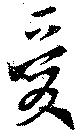
愛